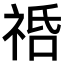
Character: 𥙱